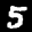
Label: 5